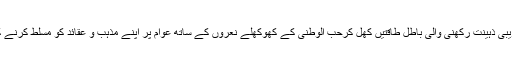
جس کی وجہ سے تخریبی ذہینت رکھنی والی باطل طاقتیں کھل کرحب الوطنی کے کھوکھلے نعروں کے ساتھ عوام پر اپنے مذہب و عقائد کو مسلط کرنے کی کوشش کرتے ہیں ۔